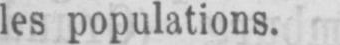
les populations.